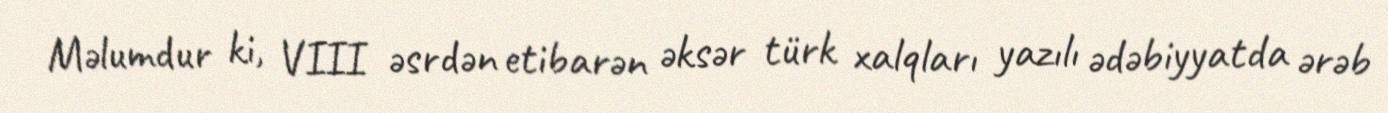
Məlumdur ki, VIII əsrdən etibarən əksər türk xalqları yazılı ədəbiyyatda ərəb